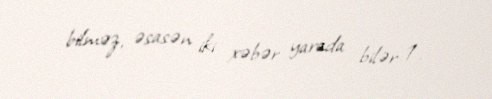
bilməz, əsasən iki xəbər yarada bilər: 1.